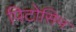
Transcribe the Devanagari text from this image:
पिटोसिन